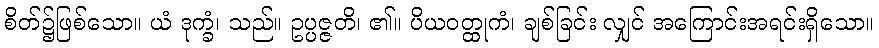
စိတ်၌ဖြစ်သော။ ယံ ဒုက္ခံ၊ သည်။ ဥပ္ပဇ္ဇတိ၊ ၏။ ပိယဝတ္ထုကံ၊ ချစ်ခြင်း လျှင် အကြောင်းအရင်းရှိသော။